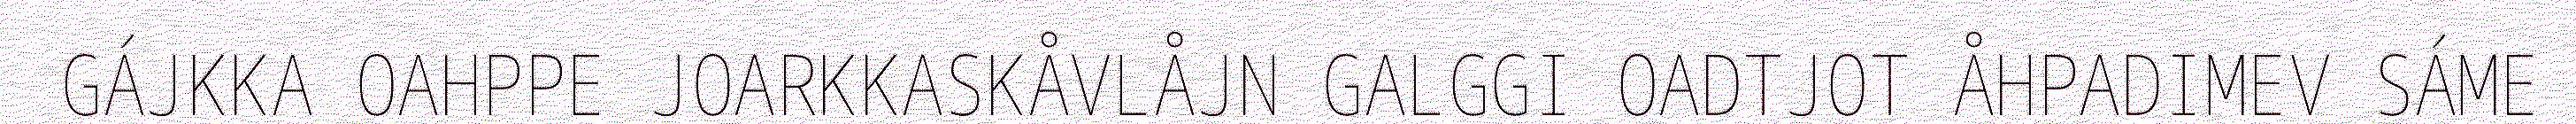
GÁJKKA OAHPPE JOARKKASKÅVLÅJN GALGGI OADTJOT ÅHPADIMEV SÁME